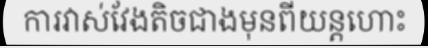
ការវាស់វែងតិចជាងមុនពីយន្តហោះ